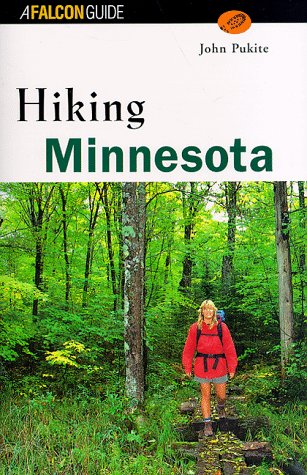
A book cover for Hiking Minnesota (State Hiking Series); John Pukite; Travel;